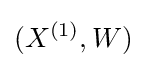
(X^{(1)},W)